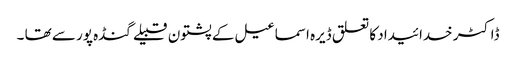
ڈاکٹر خدائیداد کا تعلق ڈیرہ اسماعیل کے پشتون قبیلے گنڈہ پور سے تھا ۔